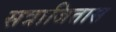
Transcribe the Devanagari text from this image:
सत्राजितास